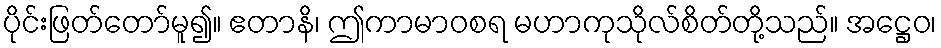
ပိုင်းဖြတ်တော်မူ၍။ ဧတာနိ၊ ဤကာမာဝစရ မဟာကုသိုလ်စိတ်တို့သည်။ အဋ္ဌေဝ၊